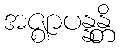
အဇ္ဈာပန္နန္တိ